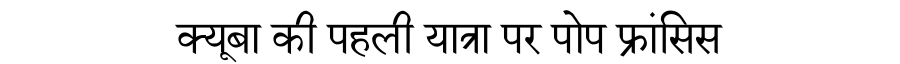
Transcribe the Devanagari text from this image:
क्यूबा की पहली यात्रा पर पोप फ्रांसिस